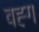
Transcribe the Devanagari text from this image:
वह्ग